Vaccination United Provinces of Agra and Oudh 1923-1928 - 1923-1928
Year: 1923
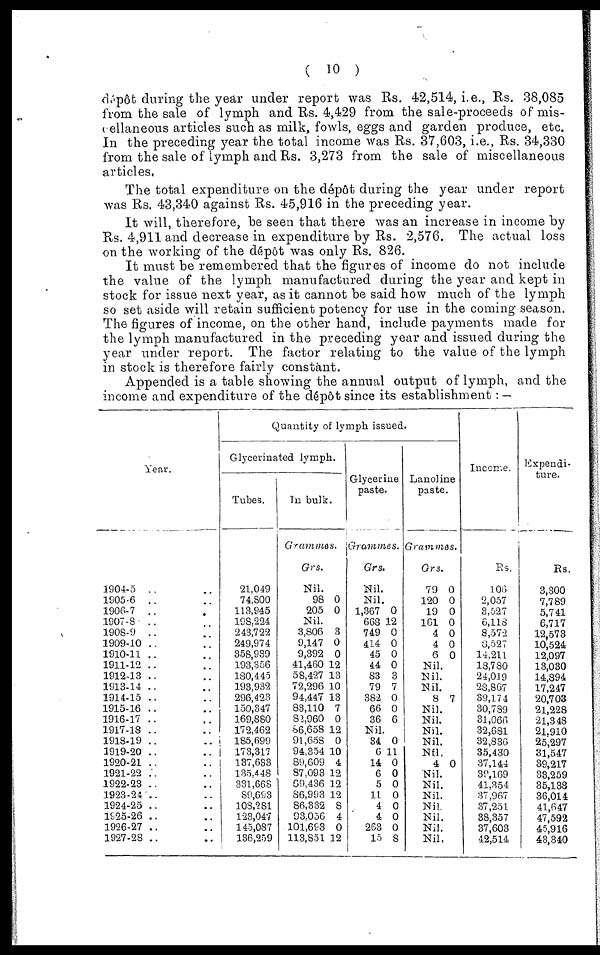
( 10 )
dépôt during the year under report was Rs. 42,514, i.e., Rs. 38,085
from the sale of lymph and Rs. 4,429 from the sale-proceeds of mis-
cellaneous articles such as milk, fowls, eggs and garden produce, etc.
In the preceding year the total income was Rs. 37,603, i.e., Rs. 34,330
from the sale of lymph and Rs. 3,273 from the sale of miscellaneous
articles.
The total expenditure on the dépôt during the year under report
was Rs. 43,340 against Rs. 45,916 in the preceding year.
It will, therefore, be seen that there was an increase in income by
Rs. 4,911 and decrease in expenditure by Rs. 2,576. The actual loss
on the working of the dépôt was only Rs. 826.
It must be remembered that the figures of income do not include
the value of the lymph manufactured during the year and kept in
stock for issue next year, as it cannot be said how much of the lymph
so set aside will retain sufficient potency for use in the coming season.
The figures of income, on the other hand, include payments made for
the lymph manufactured in the preceding year and issued during the
year under report. The factor relating to the value of the lymph
in stock is therefore fairly constant.
Appended is a table showing the annual output of lymph, and the
income and expenditure of the dépôt since its establishment : —
Year.
1904-5 .. ..
1905-6 .. ..
1906-7 .. ..
1907-8 .. ..
1908-9 .. ..
1909-10 .. ..
1910-11 .. ..
1911-12 .. ..
1912-13 .. ..
1913-14 .. ..
1914-15 .. ..
1915-16 .. ..
1916-17 .. ..
1917-18 .. ..
1918-19 .. ..
1919-20 .. ..
1920-21 .. ..
1921-22 .. ..
1922-23 .. ..
1923-24 .. ..
1924-25 .. ..
1925-26 .. ..
1926-27 .. ..
1927-28 .. ..
Quantity of lymph issued.
Glycerinated lymph.
Tubes.
21,049
74,800
113,945
198,224
243,722
249,974
358,939
193,356
180,445
193,932
296,423
150,347
169,880
172,462
185,699
173,317
137,633
135,448
331,668
89,693
108,281
123,047
145,087
136,259
In bulk.
Grammes.
Grs.
Nil.
98
205
0
0
Nil.
3,806
9,147
9,392
41,460
58,427
72,296
94,447
83,110
82,960
86,658
91,658
94,354
89,609
87,093
69,436
86,993
86,332
93,056
101,693
113,851
3
0
0
12
13
10
13
7
0
12
0
10
4
12
12
12
8
4
0
12
Glycerine
paste.
Grammes.
Grs.
Nil.
Nil.
1,367
668
749
414
45
44
83
79
382
66
36
0
12
0
0
0
0
3
7
0
0
6
Nil.
34
6
14
6
5
11
4
4
263
15
0
11
0
0
0
0
0
0
0
8
Lanoline
paste.
Grammas.
Grs.
79
120
19
161
4
4
6
0
0
0
0
0
0
0
Nil.
Nil.
Nil.
8 7
Nil.
Nil.
Nil.
Nil.
Nil.
4 0
Nil.
Nil.
Nil.
Nil.
Nil.
Nil.
Nil.
Income.
Rs.
106
2,057
3,527
6,118
8,572
8,527
14,211
18,780
24,019
28,867
39,174
30,789
31,066
32,681
32,836
35,430
37,144
39,169
41,354
37,967
37,251
38,357
37,603
42,514
Expendi-
ture.
Rs.
3,300
7,789
5,741
6,717
12,573
10,524
12,097
13,030
14,894
17,247
20,703
21,228
21,348
21,910
25,297
31,547
39,217
33,259
35,138
36,014
41,647
47,592
45,916
43,340